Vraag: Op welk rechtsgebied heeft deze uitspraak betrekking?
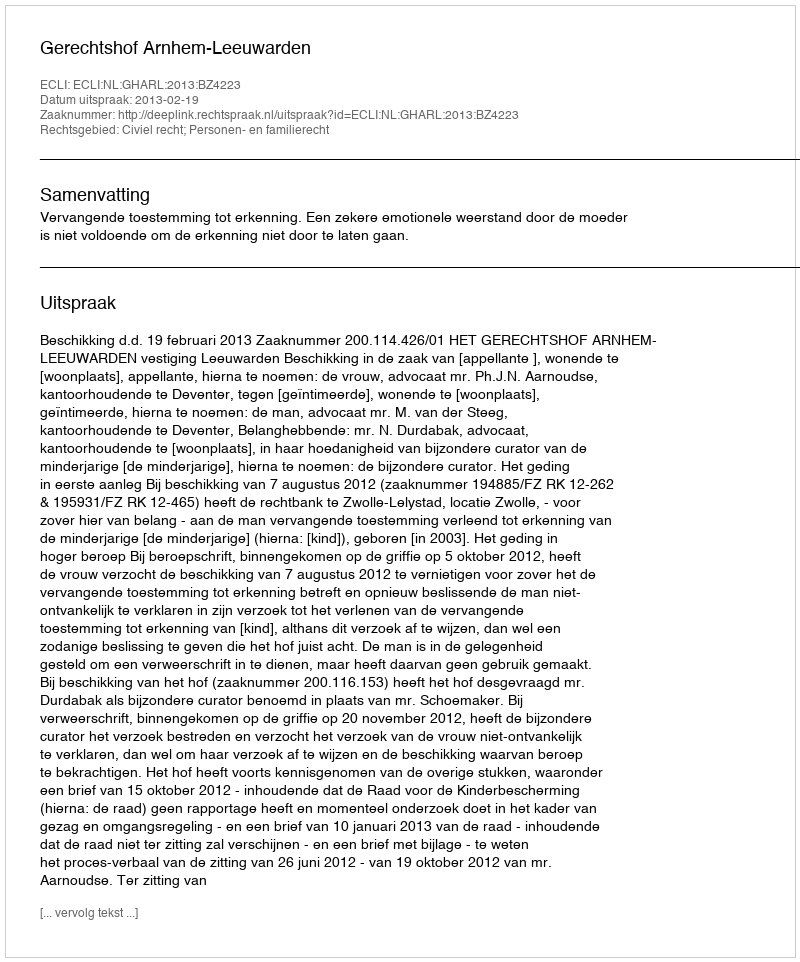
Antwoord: Civiel recht; Personen- en familierecht